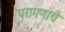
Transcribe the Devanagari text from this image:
परागणाचे